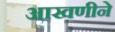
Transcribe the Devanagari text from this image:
आखणीने